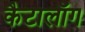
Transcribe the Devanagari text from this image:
कैटालॉग